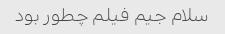
سلام جیم فیلم چطور بود